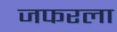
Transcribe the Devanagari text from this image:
जफरला